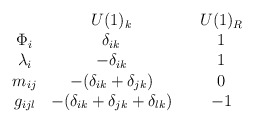
\begin{align*}\begin{array}{cccc} & U(1)_k & {} & U(1)_R\\\Phi_i & \delta_{ik} & & 1\\\lambda_{i} & -\delta_{ik} & & 1 \\m_{ij} & -(\delta_{ik} + \delta_{jk}) & & 0\\g_{ijl} & -(\delta_{ik} + \delta_{jk} + \delta_{lk}) & & -1\end{array}\end{align*}